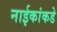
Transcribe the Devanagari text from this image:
नाईकांकडे